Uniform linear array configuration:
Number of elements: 8
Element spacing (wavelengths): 0.25
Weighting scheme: blackman
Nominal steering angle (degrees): -30
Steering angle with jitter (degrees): -30.928
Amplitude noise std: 0.05
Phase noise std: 0.05

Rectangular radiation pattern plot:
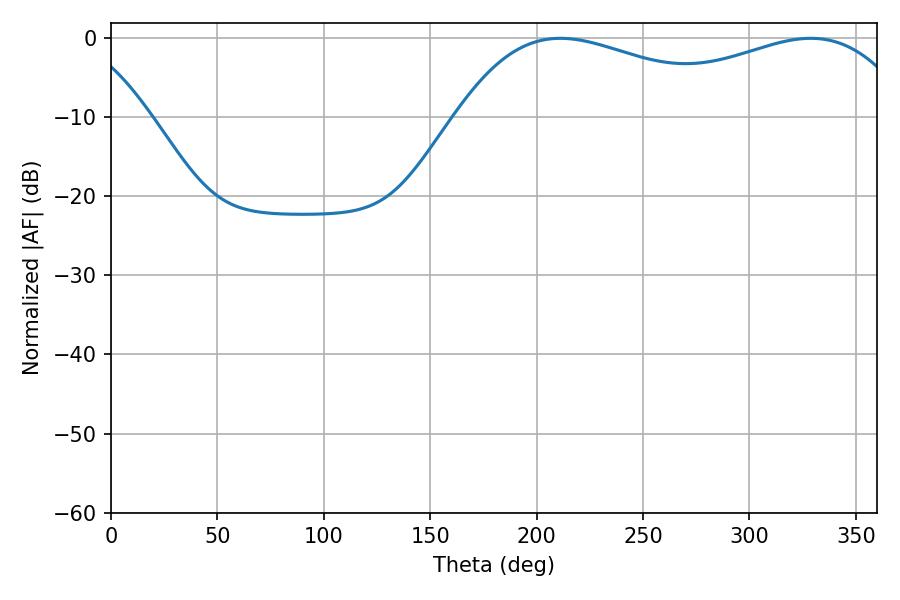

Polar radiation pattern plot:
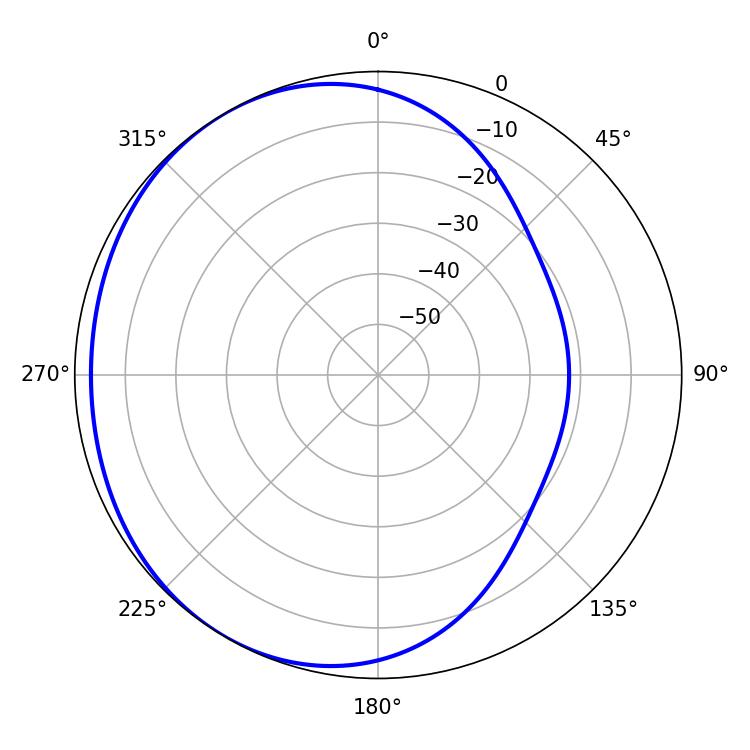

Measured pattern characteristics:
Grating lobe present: FALSE
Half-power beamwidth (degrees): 77.58
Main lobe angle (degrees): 211.14